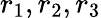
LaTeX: r_{1},r_{2},r_{3}